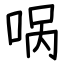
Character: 㖞